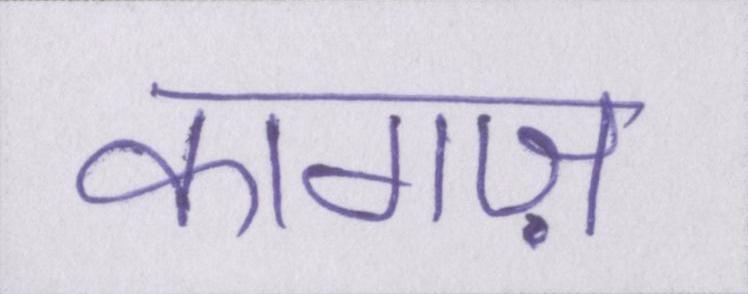
कागज़